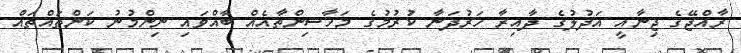
ރާއްޖޭގެ ޖިނާއީ އަދުލުގެ ދާއިރާ ހަރުދަނާ ކުރުމުގެ މަހާސިންތާއެއް ބާއްވައި ނިންމުނު ކަންތައްތައް